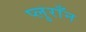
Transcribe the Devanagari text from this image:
प्लुराँन